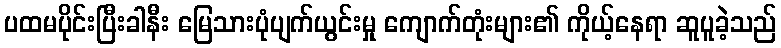
ပထမပိုင်းပြီးခါနီး မြေသားပုံပျက်ယွင်းမှု ကျောက်တုံးများ၏ ကိုယ့်နေရာ ဆူပူခဲ့သည်